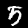
Digit: 5